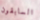
السابقون